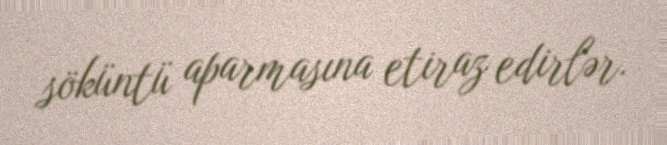
söküntü aparmasına etiraz edirlər.